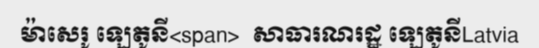
ម៉ាសេរូ ឡេតូនី<span>  សាធារណរដ្ឋ ឡេតូនីLatvia